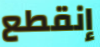
إنقطع